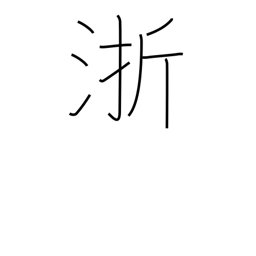
Meaning: name of a Chinese river